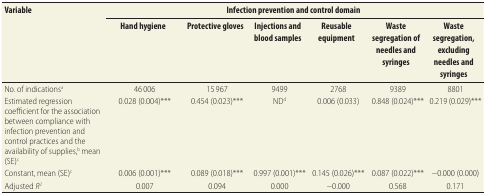
| <ROWSPAN=2> Variable | <COLSPAN=6> Infection prevention and control domain |
 | Hand hygiene | Protective gloves | Injections and blood samples | Reusable equipment | Waste segregation of needles and syringes | Waste segregation, excluding needles and syringes |
 | --- | --- | --- | --- | --- | --- | --- |
 | No. of indicationsa | 46 006 | 15 967 | 9499 | 2768 | 9389 | 8801 |
 | Estimated regression coefficient for the association between compliance with infection prevention and control practices and the availability of supplies,b mean (SE)c | 0.028 (0.004)*** | 0.454 (0.023)*** | NDd | 0.006 (0.033) | 0.848 (0.024)*** | 0.219 (0.029)*** |
 | Constant, mean (SE)c | 0.006 (0.001)*** | 0.089 (0.018)*** | 0.997 (0.001)*** | 0.145 (0.026)*** | 0.087 (0.022)*** | −0.000 (0.000) |
 | Adjusted R2 | 0.007 | 0.094 | 0.000 | −0.000 | 0.568 | 0.171 |